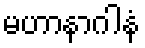
မဟာနာဂါနံ